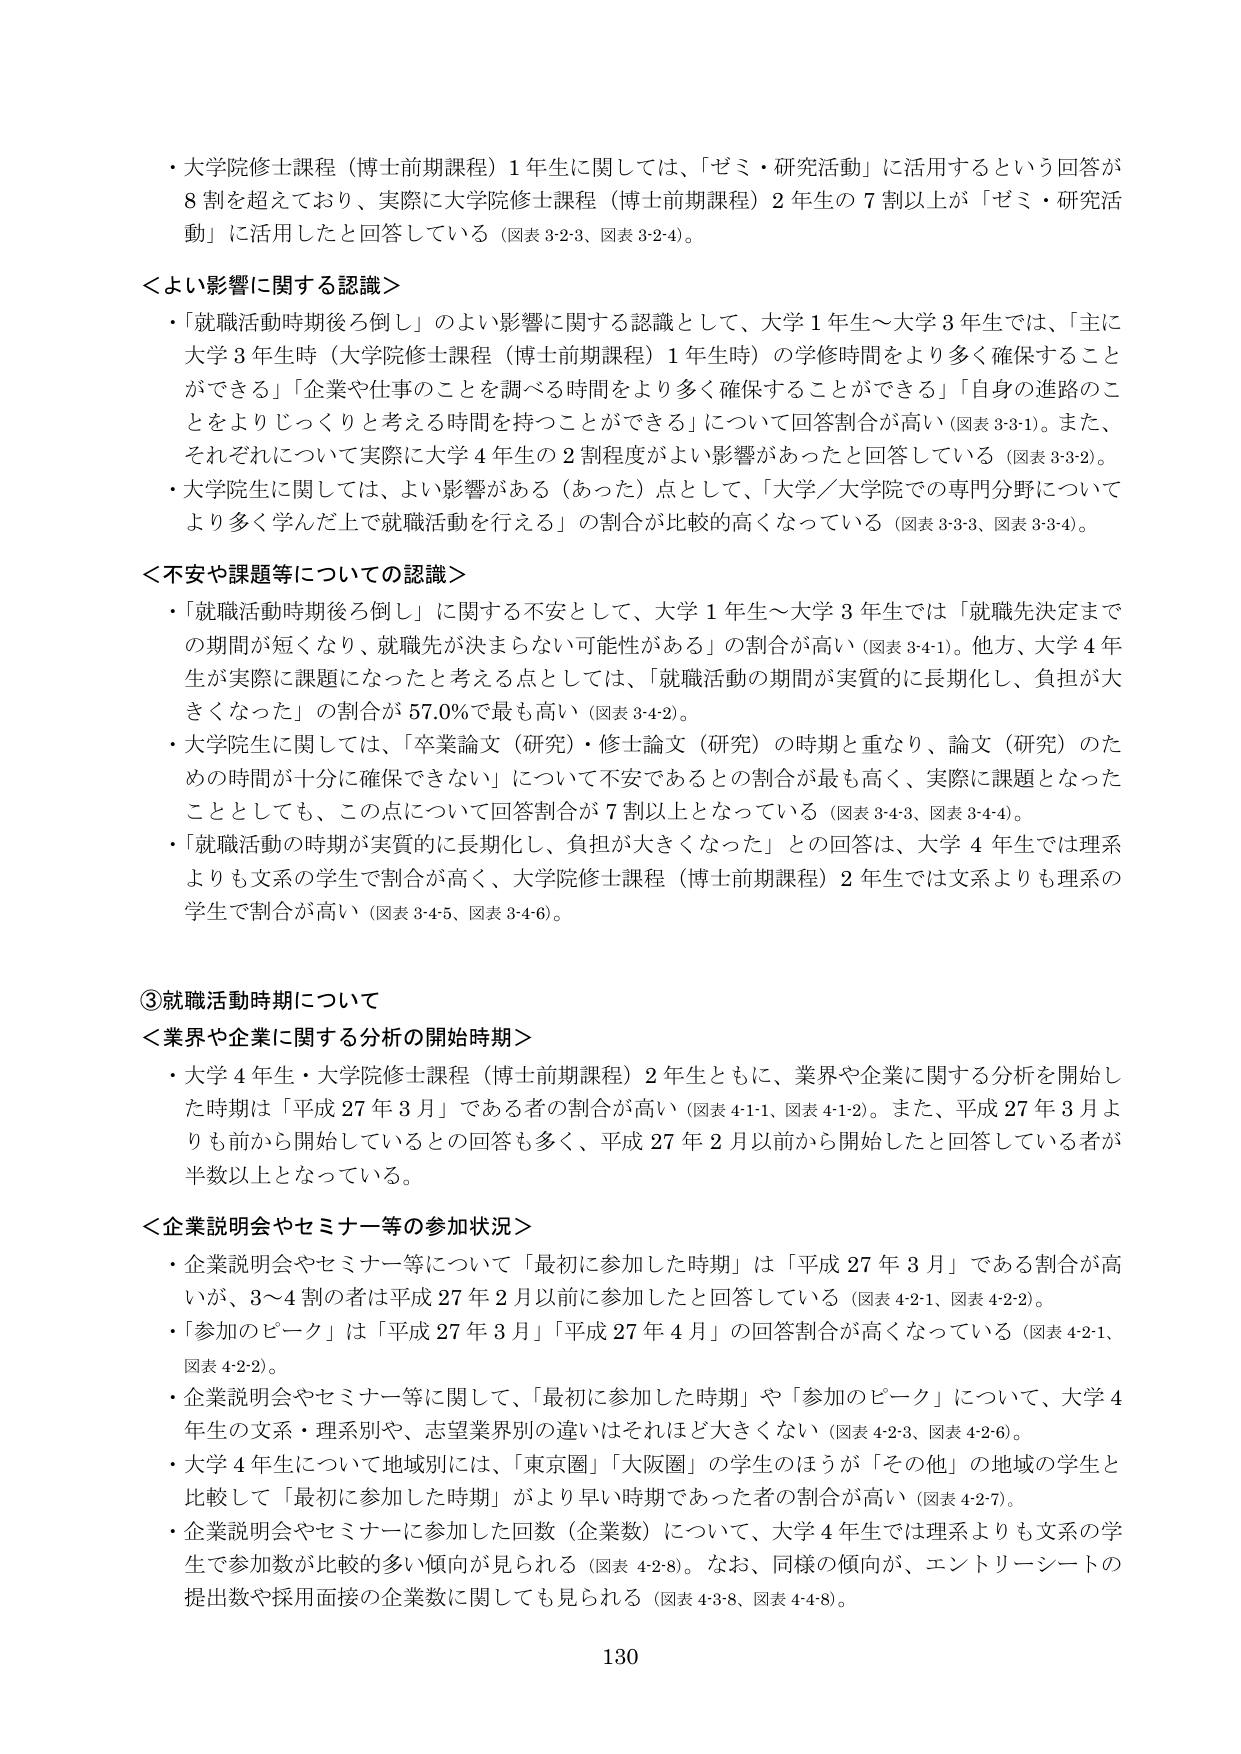
・大学院修士課程（博士前期課程）1年生に関しては、「ゼミ・研究活動」に活用するという回答が8割を超えており、実際に大学院修士課程（博士前期課程）2年生の7割以上が「ゼミ・研究活動」に活用したと回答している（図表3-2-3、図表3-2-4）。

＜よい影響に関する認識＞
・「就職活動時期後ろ倒し」のよい影響に関する認識として、大学1年生～大学3年生では、「主に大学3年生時（大学院修士課程（博士前期課程）1年生時）の学修時間をより多く確保することができる」「企業や仕事のことを調べる時間をより多く確保することができる」「自身の進路のことをよりじっくりと考える時間を持つことができる」について回答割合が高い（図表3-3-1）。また、それぞれについて実際に大学4年生の2割程度がよい影響があったと回答している（図表3-3-2）。
・大学院生に関しては、よい影響がある（あった）点として、「大学／大学院での専門分野についてより多く学んだ上で就職活動を行える」の割合が比較的高くなっている（図表3-3-3、図表3-3-4）。

＜不安や課題等についての認識＞
・「就職活動時期後ろ倒し」に関する不安として、大学1年生～大学3年生では「就職先決定までの期間が短くなり、就職先が決まらない可能性がある」の割合が高い（図表3-4-1）。他方、大学4年生が実際に課題になったと考える点としては、「就職活動の期間が実質的に長期化し、負担が大きくなった」の割合が57.0%で最も高い（図表3-4-2）。
・大学院生に関しては、「卒業論文（研究）・修士論文（研究）の時期と重なり、論文（研究）のための時間が十分に確保できない」について不安であるとの割合が最も高く、実際に課題となったこととしても、この点について回答割合が7割以上となっている（図表3-4-3、図表3-4-4）。
・「就職活動の時期が実質的に長期化し、負担が大きくなった」との回答は、大学4年生では理系よりも文系の学生で割合が高く、大学院修士課程（博士前期課程）2年生では文系よりも理系の学生で割合が高い（図表3-4-5、図表3-4-6）。

③就職活動時期について
＜業界や企業に関する分析の開始時期＞
・大学4年生・大学院修士課程（博士前期課程）2年生ともに、業界や企業に関する分析を開始した時期は「平成27年3月」である者の割合が高い（図表4-1-1、図表4-1-2）。また、平成27年3月よりも前から開始しているとの回答も多く、平成27年2月以前から開始したと回答している者が半数以上となっている。

＜企業説明会やセミナー等の参加状況＞
・企業説明会やセミナー等について「最初に参加した時期」は「平成27年3月」である割合が高いが、3～4割の者は平成27年2月以前に参加したと回答している（図表4-2-1、図表4-2-2）。
・「参加のピーク」は「平成27年3月」「平成27年4月」の回答割合が高くなっている（図表4-2-1、図表4-2-2）。
・企業説明会やセミナー等に関して、「最初に参加した時期」や「参加のピーク」について、大学4年生の文系・理系別や、志望業界別の違いはそれほど大きくない（図表4-2-3、図表4-2-6）。
・大学4年生について地域別には、「東京圏」「大阪圏」の学生のほうが「その他」の地域の学生と比較して「最初に参加した時期」がより早い時期であった者の割合が高い（図表4-2-7）。
・企業説明会やセミナーに参加した回数（企業数）について、大学4年生では理系よりも文系の学生で参加数が比較的多い傾向が見られる（図表4-2-8）。なお、同様の傾向が、エントリーシートの提出数や採用面接の企業数に関しても見られる（図表4-3-8、図表4-4-8）。

130